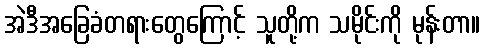
အဲဒီအခြေခံတရားတွေကြောင့် သူတို့က သမိုင်းကို မုန်းတာ။